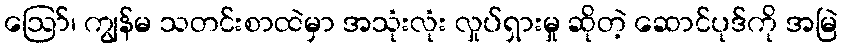
ဪ၊ ကျွန်မ သတင်းစာထဲမှာ အသုံးလုံး လှုပ်ရှားမှု ဆိုတဲ့ ဆောင်ပုဒ်ကို အမြဲ